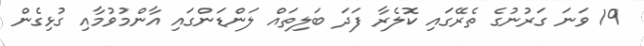
19 ވަނަ ގަރުނުގެ ތެރޭގައި ކޮލެރާ ފަދަ ބަލިތައް ލަންޑަންގައި އާންމުވުމާއި ގުޅިގެން